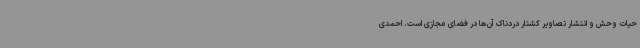
حیات وحش و انتشار تصاویر کشتار دردناک آن‌ها در فضای مجازی است. احمدی